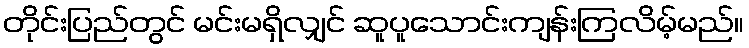
တိုင်းပြည်တွင် မင်းမရှိလျှင် ဆူပူသောင်းကျန်းကြလိမ့်မည်။